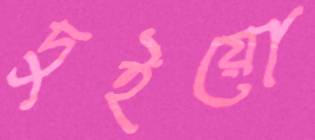
দুইয়ো